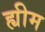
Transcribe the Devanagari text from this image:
ह्यीम